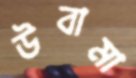
উবামা